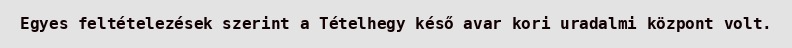
Egyes feltételezések szerint a Tételhegy késő avar kori uradalmi központ volt.